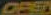
OBEN